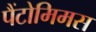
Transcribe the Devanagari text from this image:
पैंटोमिमस